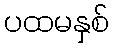
ပထမနှစ်